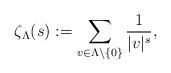
LaTeX: \begin{align*} \zeta_{\Lambda}(s):=\sum_{v\in \Lambda\setminus\{0\}}\frac{1}{|v|^{s}},\end{align*}